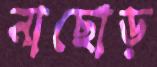
নাছোড়